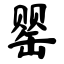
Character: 罂